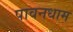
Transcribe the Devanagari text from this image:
पावनधाम